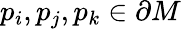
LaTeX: p_{i},p_{j},p_{k}\in\partial M